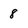
Character: 8